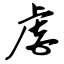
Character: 虐